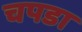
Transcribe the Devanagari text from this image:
चपडा